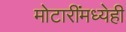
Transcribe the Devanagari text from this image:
मोटारींमध्येही